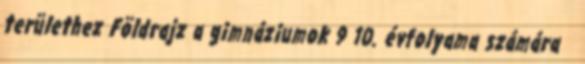
területhez Földrajz a gimnáziumok 9 10. évfolyama számára